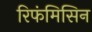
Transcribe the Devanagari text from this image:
रिफंमिसिन